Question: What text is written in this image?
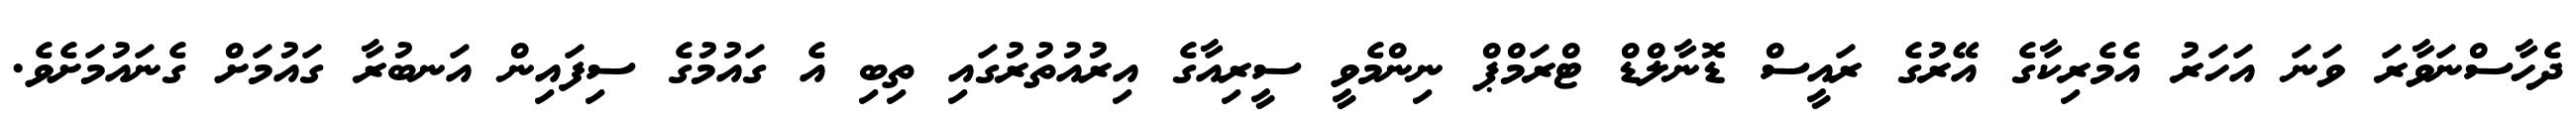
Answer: ދެހާސްނަވާރަ ވަނަ އަހަރު އެމެރިކާގެ އޭރުގެ ރައީސް ޑޮނާލްޑް ޓްރަމްޕް ނިންމެވީ ސީރިއާގެ އިރުއުތުރުގައި ތިބި އެ ގައުމުގެ ސިފައިން އަނބުރާ ގައުމަށް ގެނައުމަށެވެ.